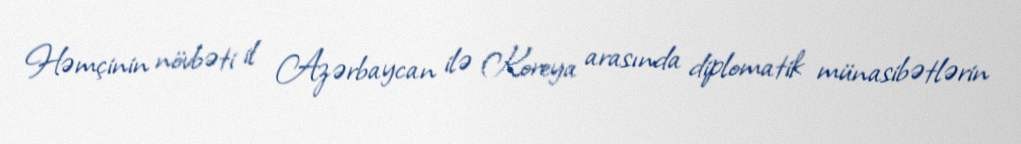
Həmçinin növbəti il Azərbaycan ilə Koreya arasında diplomatik münasibətlərin